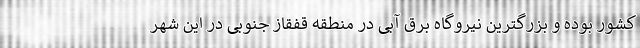
کشور بوده و بزرگترین نیروگاه برق آبی در منطقه قفقاز جنوبی در این شهر